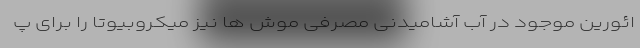
ائورین موجود در آب آشامیدنی مصرفی موش ها نیز میکروبیوتا را برای پ